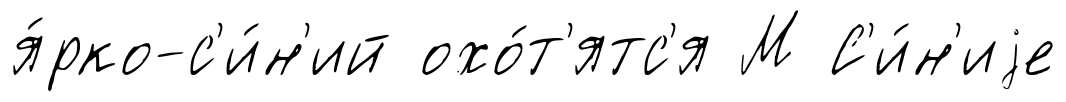
я́рко-с'и́н'ий охо́т'ятс'я М С'и́н'иjе